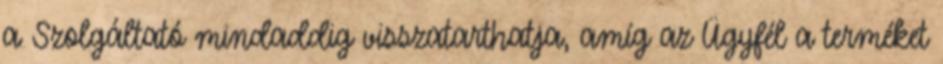
a Szolgáltató mindaddig visszatarthatja, amíg az Ügyfél a terméket